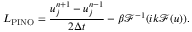
L _ { \mathrm { P I N O } } = \frac { u _ { j } ^ { n + 1 } - u _ { j } ^ { n - 1 } } { 2 \Delta t } - \beta \mathcal { F } ^ { - 1 } ( i k \mathcal { F } ( u ) ) .